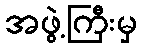
အဖွဲ့ကြီးမှ